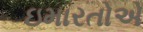
ઇમારતોએ